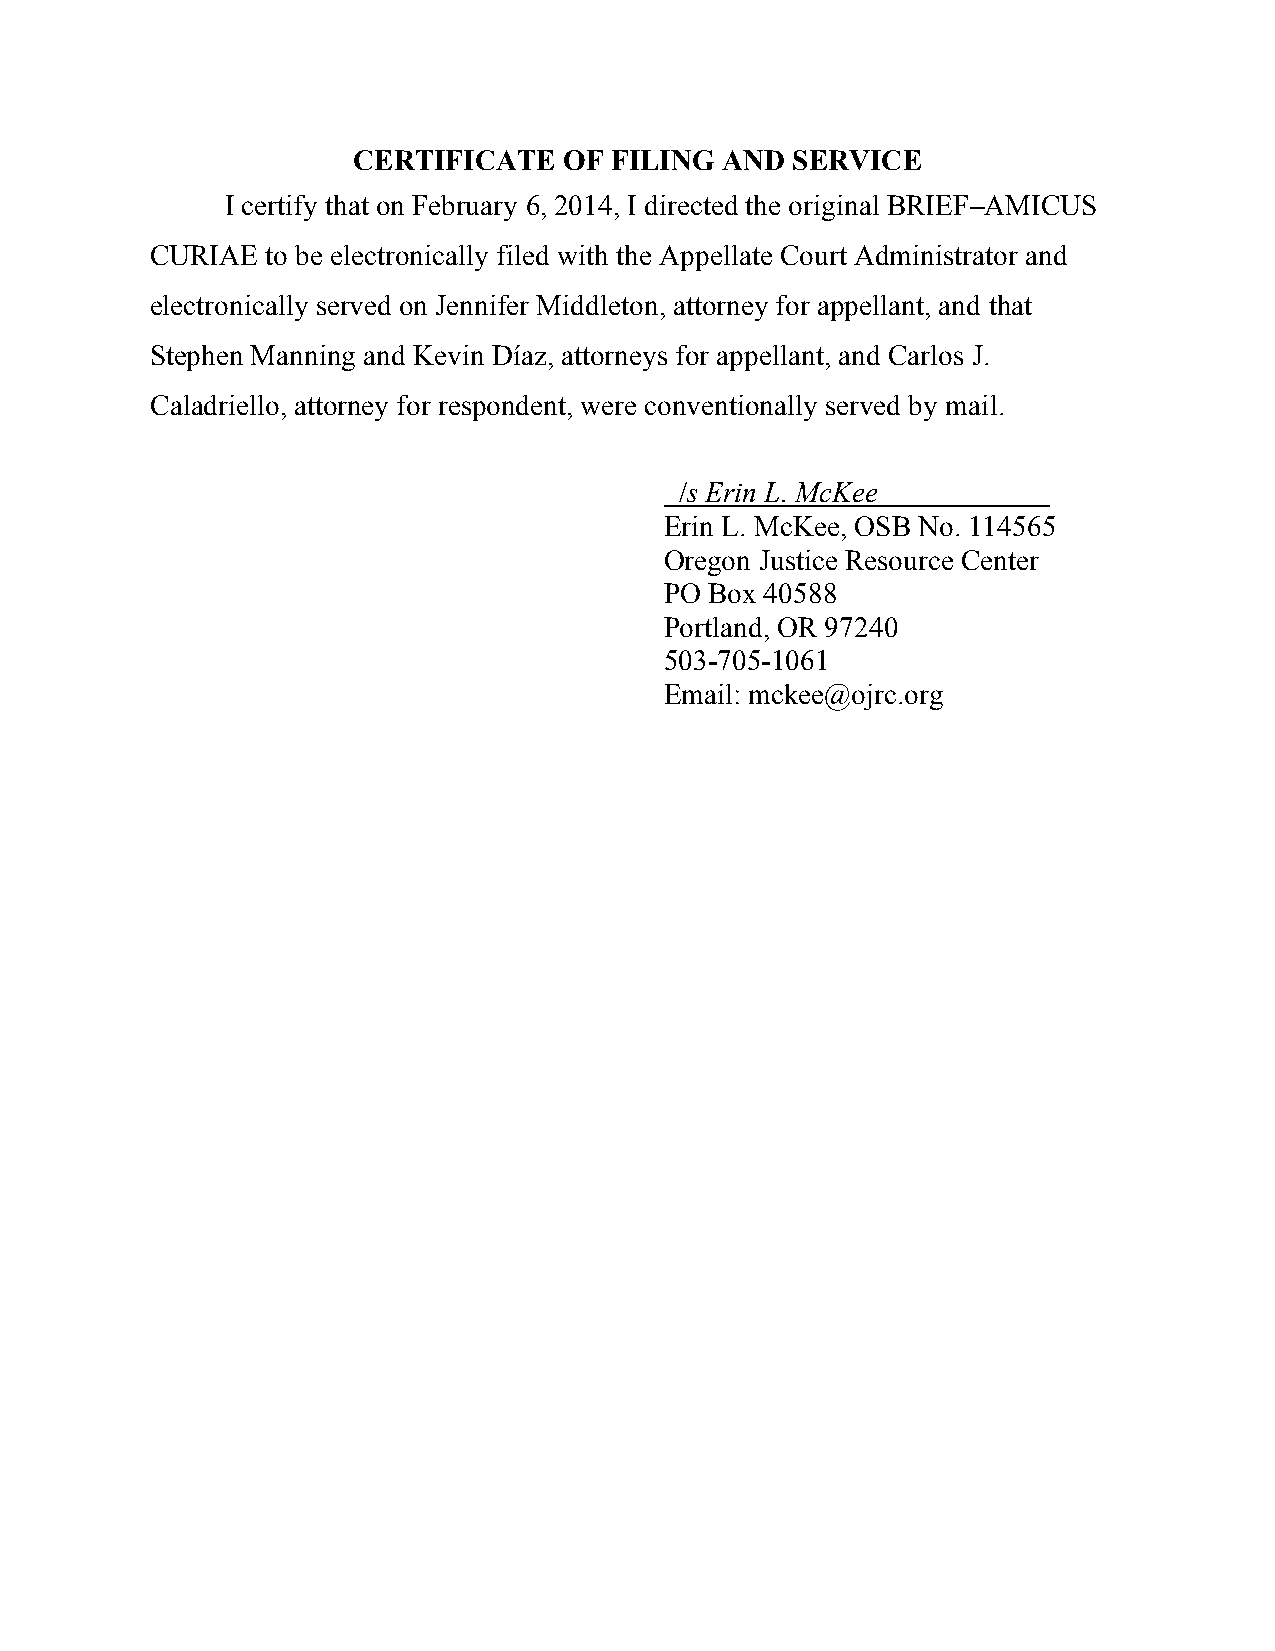
CERTIFICATE   OF FILING  AND SERVICE
 I certify that on February 6, 2014, I directed the original BRIEF–AMICUS
 CURIAE  to be electronically filed with the Appellate Court Administrator and
 electronically served on Jennifer Middleton, attorney for appellant, and that
 Stephen Manning and Kevin Díaz, attorneys for appellant, and Carlos J.
 Caladriello, attorney for respondent, were conventionally served by mail.
 /s Erin L. McKee
 Erin L. McKee, OSB No. 114565
 Oregon Justice Resource Center
 PO Box 40588
 Portland, OR 97240
 503-705-1061
 Email: mckee@ojrc.org